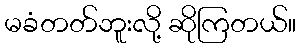
မခံတတ်ဘူးလို့ ဆိုကြတယ်။